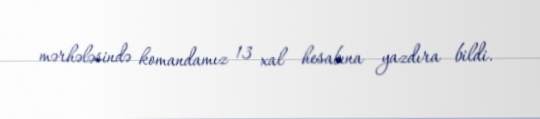
mərhələsində komandamız 13 xal hesabına yazdıra bildi.